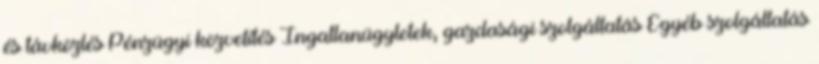
és távközlés Pénzügyi közvetítés Ingatlanügyletek, gazdasági szolgáltatás Egyéb szolgáltatás